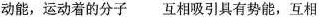
动能，运动着的分子互相吸引具有势能，互相